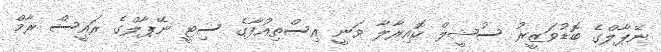
ނޭޕާލްގެ ބޮޑުވަޒީރު ސުޝީލް ކޮއިރާލާ ވަނީ އިސްތިއުފާގެ ސިޓީ ނޭޕާލްގެ ރައީސް ރާމް